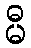
မီ